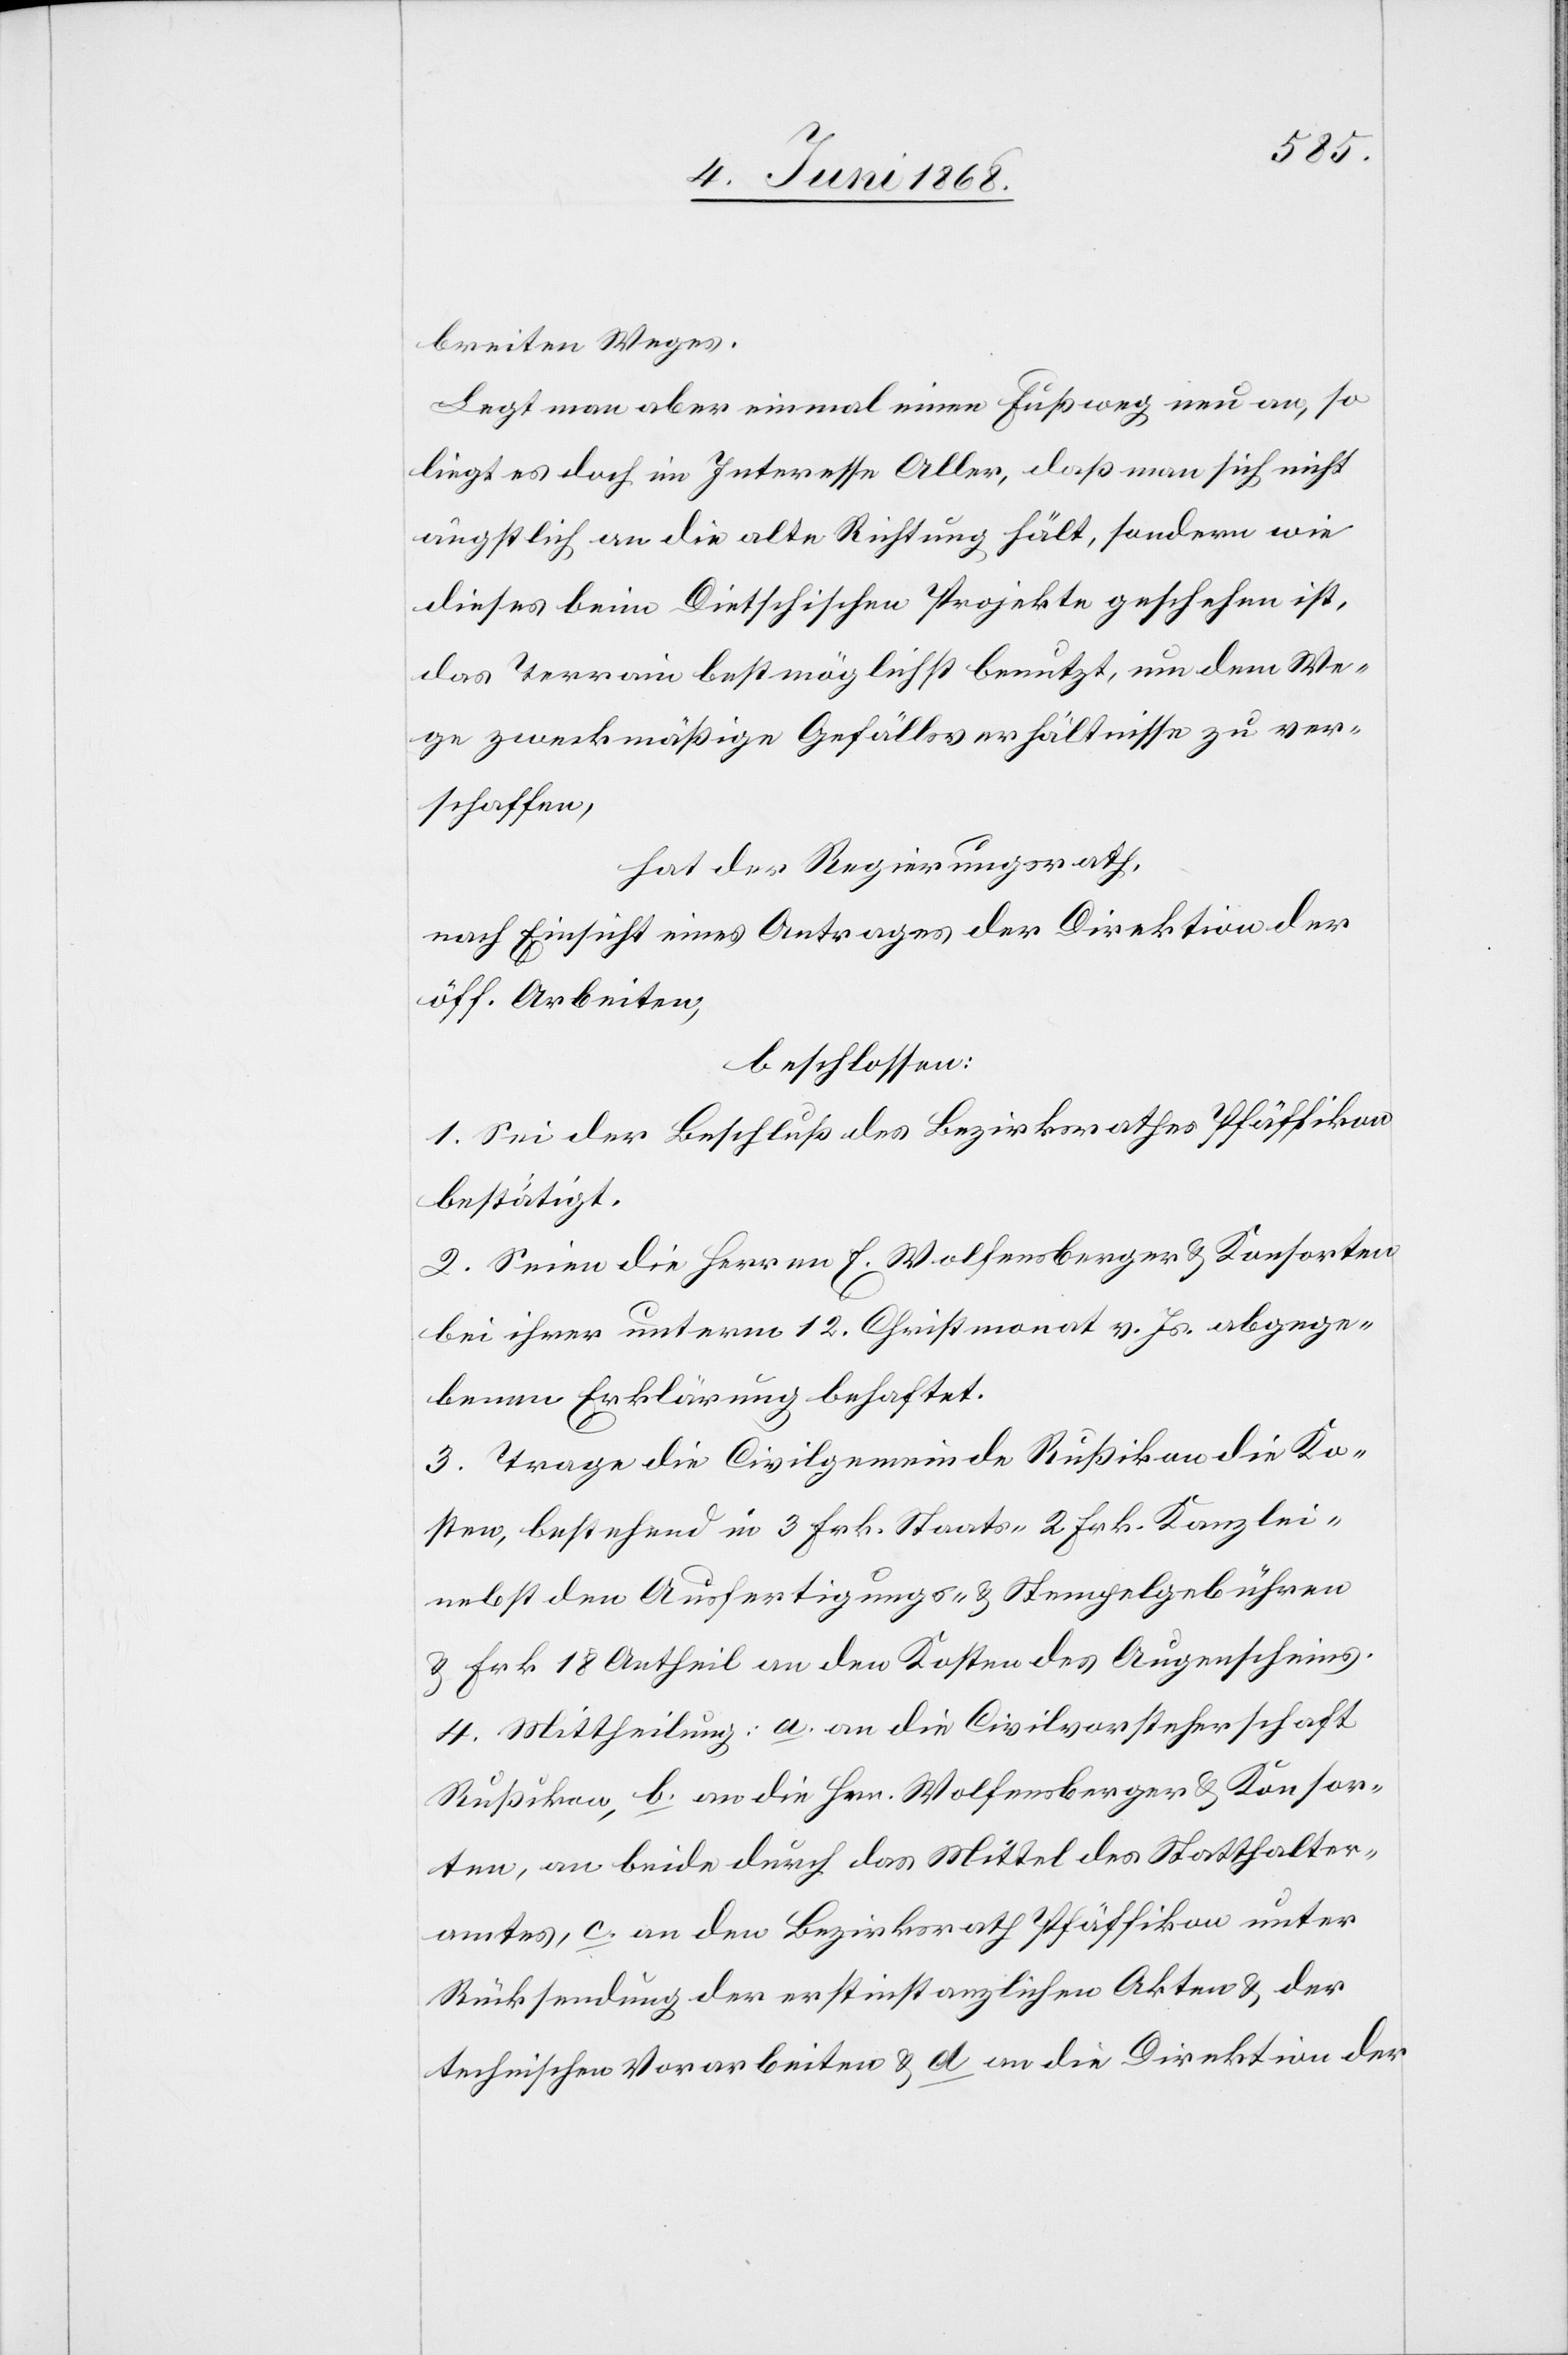
breiten Weges.
Legt man aber einmal einen Fußweg neu an, so
liegt es doch im Interesse Aller, daß man sich nicht
ängstlich an die alte Richtung hält, sondern wie
dieses beim Dietschischen Projekte geschehen ist,
das Terrain bestmöglichst benutzt, um dem We¬
ge zweckmäßige Gefällsverhältnisse zu ver¬
schaffen,
hat der Regierungsrath,
nach Einsicht eines Antrages der Direktion der
öff. Arbeiten,
beschlossen:
1. Sei der Beschluß des Bezirksrathes Pfäffikon
bestätigt.
2. Seien die Herren E. Wolfensberger & Konsorten
bei ihrer unterm 12. Christmonat v. Js. abgege¬
benen Erklärung behaftet.
3. Trage die Civilgemeinde Rußikon die Ko¬
sten, bestehend in 3 Frk. Staats-[,] 2 Frk. Kanzlei-
nebst den Ausfertigungs- & Stempelgebühren
& Frk 18 Antheil an den Kosten des Augenscheins.
4. Mittheilung: a. an die Civilvorsteherschaft
Rußikon, b. an die Hrn. Wolfensberger & Konsor¬
ten, an beide durch das Mittel des Statthalter¬
amtes, c. an den Bezirksrath Pfäffikon unter
Rücksendung der erstinstanzlichen Akten & der
technischen Vorarbeiten & d an die Direktion der